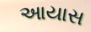
આયાસ